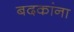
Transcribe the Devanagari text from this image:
बदकांना